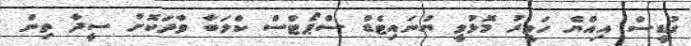
ގުޑީސް އިއްޔެ ހަވީރު މޮޅުވީ ޔުނައިޓެޑް ސްޕޯޓްސް ކްލަބާ ވާދަކޮށް ސީދާ ތިން